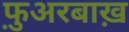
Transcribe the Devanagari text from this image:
फ़ुअरबाख़